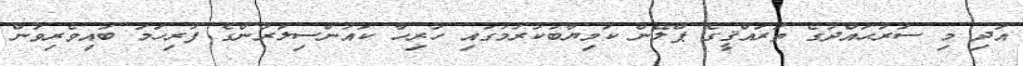
އަދި މި ސަރަޙައްދުގެ ތަރައްޤީގެ ޕްލޭން ކަމިޔާބުކުރުމުގައި ހުރިހާ ކައުންސިލަރުންގެ ފުރިހަމަ ބައިވެރިވުން